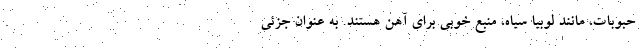
حبوبات، مانند لوبیا سیاه، منبع خوبی برای آهن هستند. به عنوان جزئی